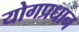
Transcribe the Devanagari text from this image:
योगप्रधान